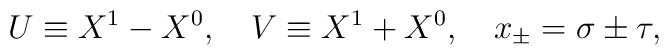
U\equiv X^1-X^0, \ \ \ V\equiv X^1+X^0,\ \ \ x_{\pm}=\sigma\pm\tau,